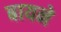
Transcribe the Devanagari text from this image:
बायने